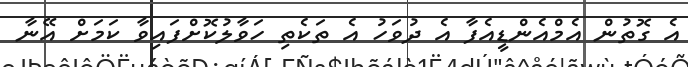
އެ ގޮތުން އެމްއެންޑީއެފާ އެ ދުވަހު އެ ތަކެތި ހަވާލުކޮށްފައިވާ ކަމަށް އޭނާ